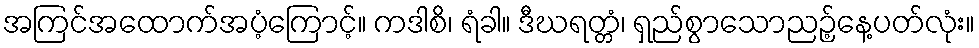
အကြင်အထောက်အပံ့ကြောင့်။ ကဒါစိ၊ ရံခါ။ ဒီဃရတ္တံ၊ ရှည်စွာသောညဉ့်နေ့ပတ်လုံး။